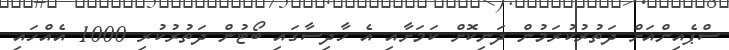
ސްޕެއިންއަށް ދަތުރުކުރަމުން ދަނިކޮށް ކަމަށާއި އެ ހާދިސާގައި ބޯޓުން ދަތުރުކުރި 1000 އެއްހައި